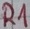
Text: R1